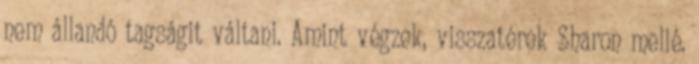
nem állandó tagságit váltani. Amint végzek, visszatérek Sharon mellé.